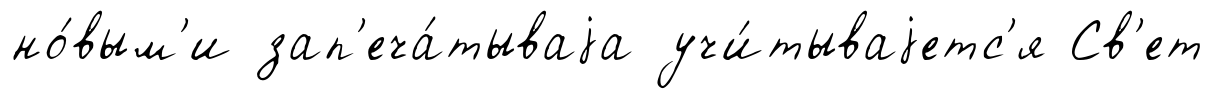
но́вым'и зап'еча́тываjа учи́тываjетс'я Св'ет